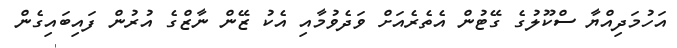
އަހުމަދިއްޔާ ސްކޫލުގެ ގޭޓުން އެތެރެއަށް ވަދެވުމާއި އެކު ޒޭން ނާޒްގެ އުރުން ފައިބައިގެން